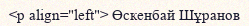
<p align="left"> Өскенбай Шұранов